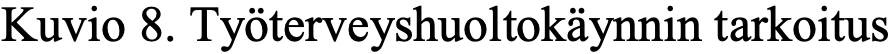
Kuvio 8. Työterveyshuoltokäynnin tarkoitus